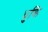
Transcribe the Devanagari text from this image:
धुकि